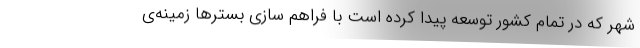
شهر که در تمام کشور توسعه پیدا کرده است با فراهم سازی بستر‌ها زمینه‌ی